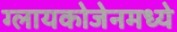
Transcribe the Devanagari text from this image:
ग्लायकोजेनमध्ये